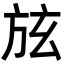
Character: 𣃡